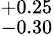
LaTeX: ^{+0.25}_{-0.30}